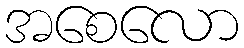
အစေလော